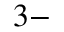
3 -